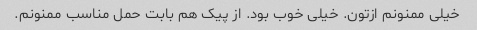
خیلی ممنونم ازتون. خیلی خوب بود. از پیک هم بابت حمل مناسب ممنونم.